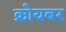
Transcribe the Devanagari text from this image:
क्रोयबर